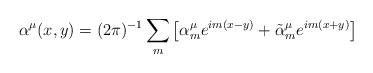
LaTeX: \begin{align*}\alpha ^{\mu }(x,y)=(2\pi )^{-1}\sum\limits_{m}\left[ \alpha _{m}^{\mu}e^{im(x-y)}+\tilde{\alpha}_{m}^{\mu }e^{im(x+y)}\right]\end{align*}